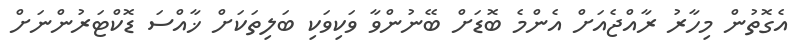
އެގޮތުން މިހާރު ރާއްޖެއަށް އެންމެ ބޮޑަށް ބޭނުންވާ ވަކިވަކި ބަލިތަކަށް ޚާއްސަ ޑޮކްޓަރުންނަށް